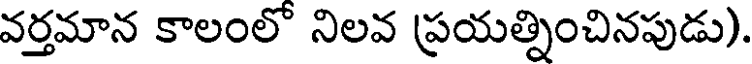
వర్తమాన కాలంలో నిలవ ప్రయత్నించినపుడు).